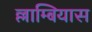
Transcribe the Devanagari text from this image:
ल्लाम्बियास